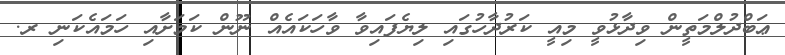
ޢަބްދުލްމަތީން ވިދާޅުވީ މިއީ ކަރުދާހުގައި ލިޔެފައިވާ ވާހަކައެއް ނޫން ކަމަށާއި ހަމައެކަނި ރ.